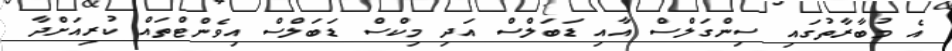
އެ މުބާރާތުގައި ސިންގަލްސް އާއި ޑަބަލްސް އަދި މިކްސް ޑަބަލްސް އިވެންޓްތައް ކުރިއަށްދާ